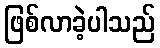
ဖြစ်လာခဲ့ပါသည်